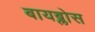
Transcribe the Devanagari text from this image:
बायब्लोस